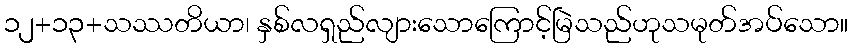
၁၂+၁၃+သဿတိယာ၊ နှစ်လရှည်လျားသောကြောင့်မြဲသည်ဟုသမုတ်အပ်သော။